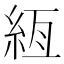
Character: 絚